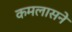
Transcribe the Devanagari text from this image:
कमलासने